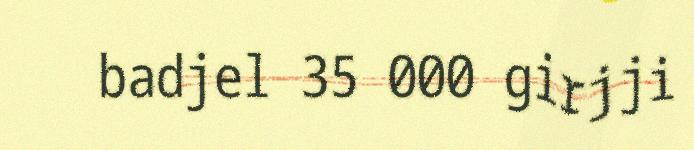
badjel 35 000 girjji